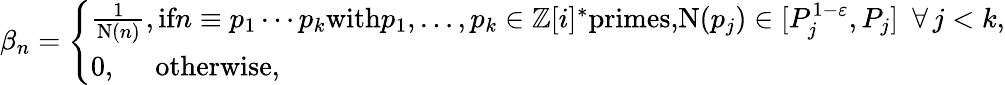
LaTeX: \begin{array}{r}{\beta_{n}=\left\{ \begin{array}{ll}{\frac{1}{\textnormal{N}(n)},\textnormal{if}n\equiv p_{1}\cdots p_{k}\textnormal{with}p_{1},\ldots,p_{k}\in\mathbb{Z}[i]^{*}\textnormal{primes,}\textnormal{N}(p_{j})\in[P_{j}^{1-\varepsilon},P_{j}]\, \, \, \forall\, j<k,}\\ {0,\quad\, \, \textnormal{otherwise,}}\end{array}\right.}\end{array}